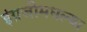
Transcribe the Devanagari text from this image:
इंग्रजीमधल्या